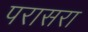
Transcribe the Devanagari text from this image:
परासरा